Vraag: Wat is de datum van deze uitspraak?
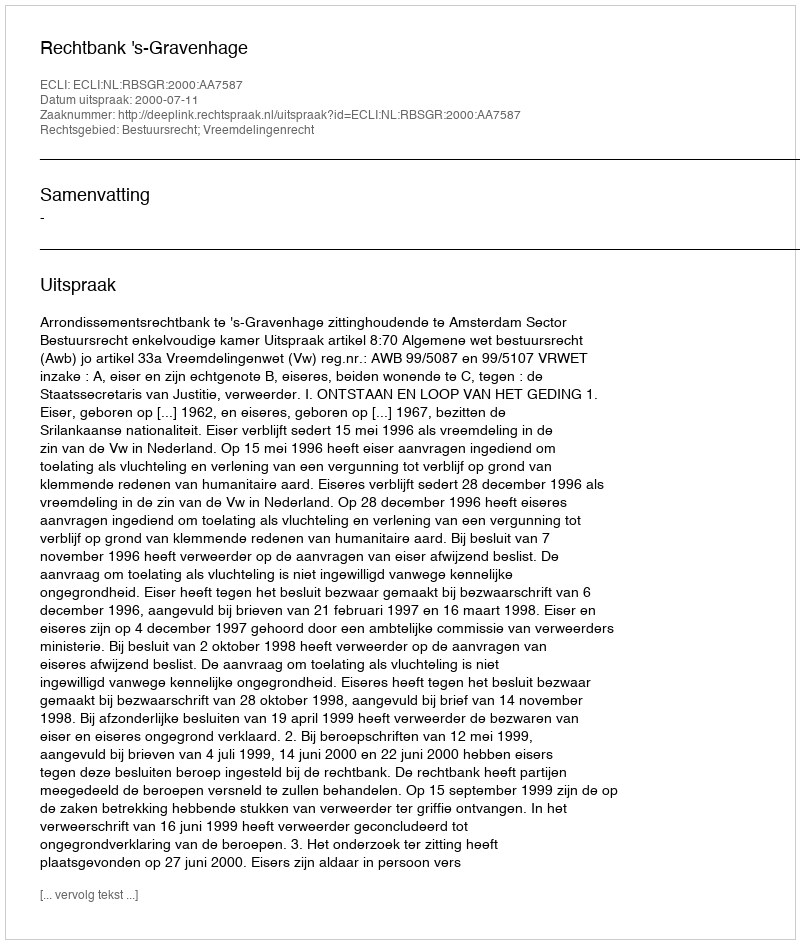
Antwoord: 2000-07-11